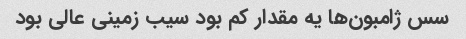
سس ژامبون‌ها یه مقدار کم بود سیب زمینی عالی بود